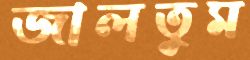
জালতুম